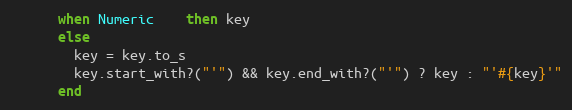
Language: Ruby
      when Numeric    then key
      else
        key = key.to_s
        key.start_with?("'") && key.end_with?("'") ? key : "'#{key}'"
      end